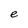
Character: e